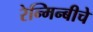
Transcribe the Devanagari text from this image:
रेन्मिन्बीचे